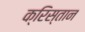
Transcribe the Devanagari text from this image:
क्रिस्तान